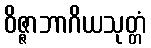
ဝိဇ္ဇာဘာဂိယသုတ္တံ